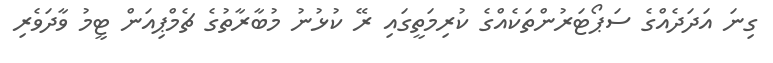
ގިނަ އަދަދެއްގެ ސަޕޯޓަރުންތަކެއްގެ ކުރިމަތީގައި ރޭ ކުޅުނު މުބާރާތުގެ ޗެމްޕިއަން ޓީމު ވާދަވެރި